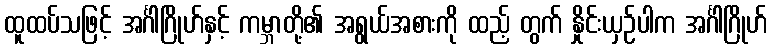
ထူထပ်သဖြင့် အင်္ဂါဂြိုဟ်နှင့် ကမ္ဘာတို့၏ အရွယ်အစားကို ထည့် တွက် နှိုင်းယှဉ်ပါက အင်္ဂါဂြိုဟ်